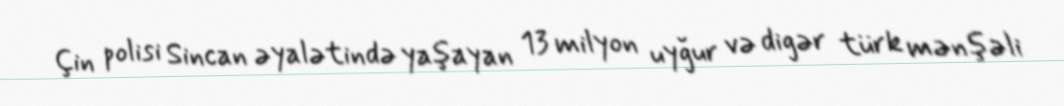
Çin polisi Sincan əyalətində yaşayan 13 milyon uyğur və digər türk mənşəli